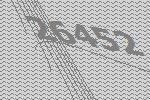
26452